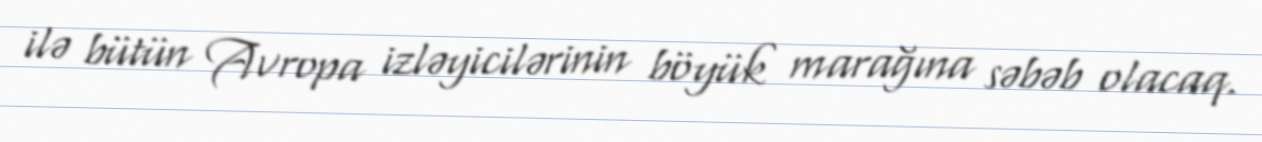
ilə bütün Avropa izləyicilərinin böyük marağına səbəb olacaq.